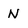
Character: N